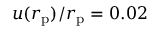
u ( r _ { \mathrm { p } } ) / r _ { \mathrm { p } } = 0 . 0 2